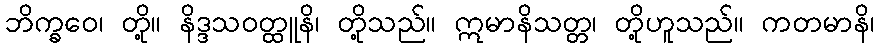
ဘိက္ခဝေ၊ တို့။ နိဒ္ဒသဝတ္ထူနိ၊ တို့သည်။ ဣမာနိသတ္တ၊ တို့ဟူသည်။ ကတမာနိ၊